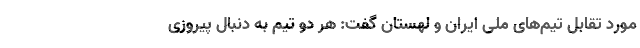
مورد تقابل تیم‌های ملی ایران و لهستان گفت: هر دو تیم به دنبال پیروزی